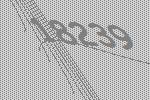
18239